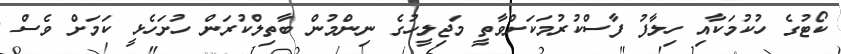
ކޯޓުގެ ހުކުމަކާއި ހިލާފު ފާސްކުރުމަކަށްވާތީ މަޖިލީހުގެ ނިންމުން ބާތިލްކުރަން ހުށަހެޅީ ކަމަށް ވެސް